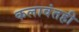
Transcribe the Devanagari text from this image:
कलावंतही